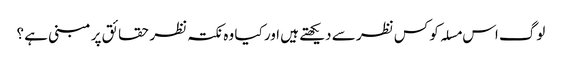
لوگ اس مسلہ کو کس نظر سے دیکھتے ہیں اور کیا وہ نکتہ نظر حقائق پر مبنی ہے ؟